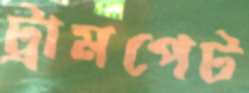
ট্রামপেট